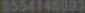
0554145093